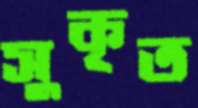
সুকৃত